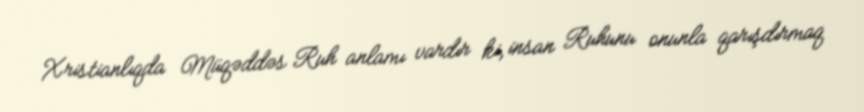
Xristianlıqda Müqəddəs Ruh anlamı vardır ki, insan Ruhunu onunla qarışdırmaq